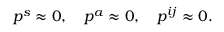
p ^ { s } \approx 0 , \quad p ^ { a } \approx 0 , \quad p ^ { i j } \approx 0 .